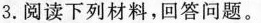
3.阅读下列材料，回答问题。